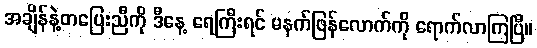
အချိန်နဲ့တပြေးညီကို ဒီနေ့ ရေကြီးရင် မနက်ဖြန်လောက်ကို ရောက်လာကြပြီ။